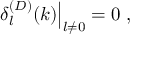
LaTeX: \left. \delta _ { l } ^ { ( D ) } ( k ) \right| _ { l \neq 0 } = 0 \; ,